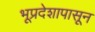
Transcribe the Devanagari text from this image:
भूप्रदेशापासून